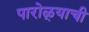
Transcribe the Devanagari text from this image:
पारोळ्याची